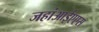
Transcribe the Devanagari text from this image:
जहांआईएएस